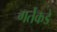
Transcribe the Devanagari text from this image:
गर्तेकडे